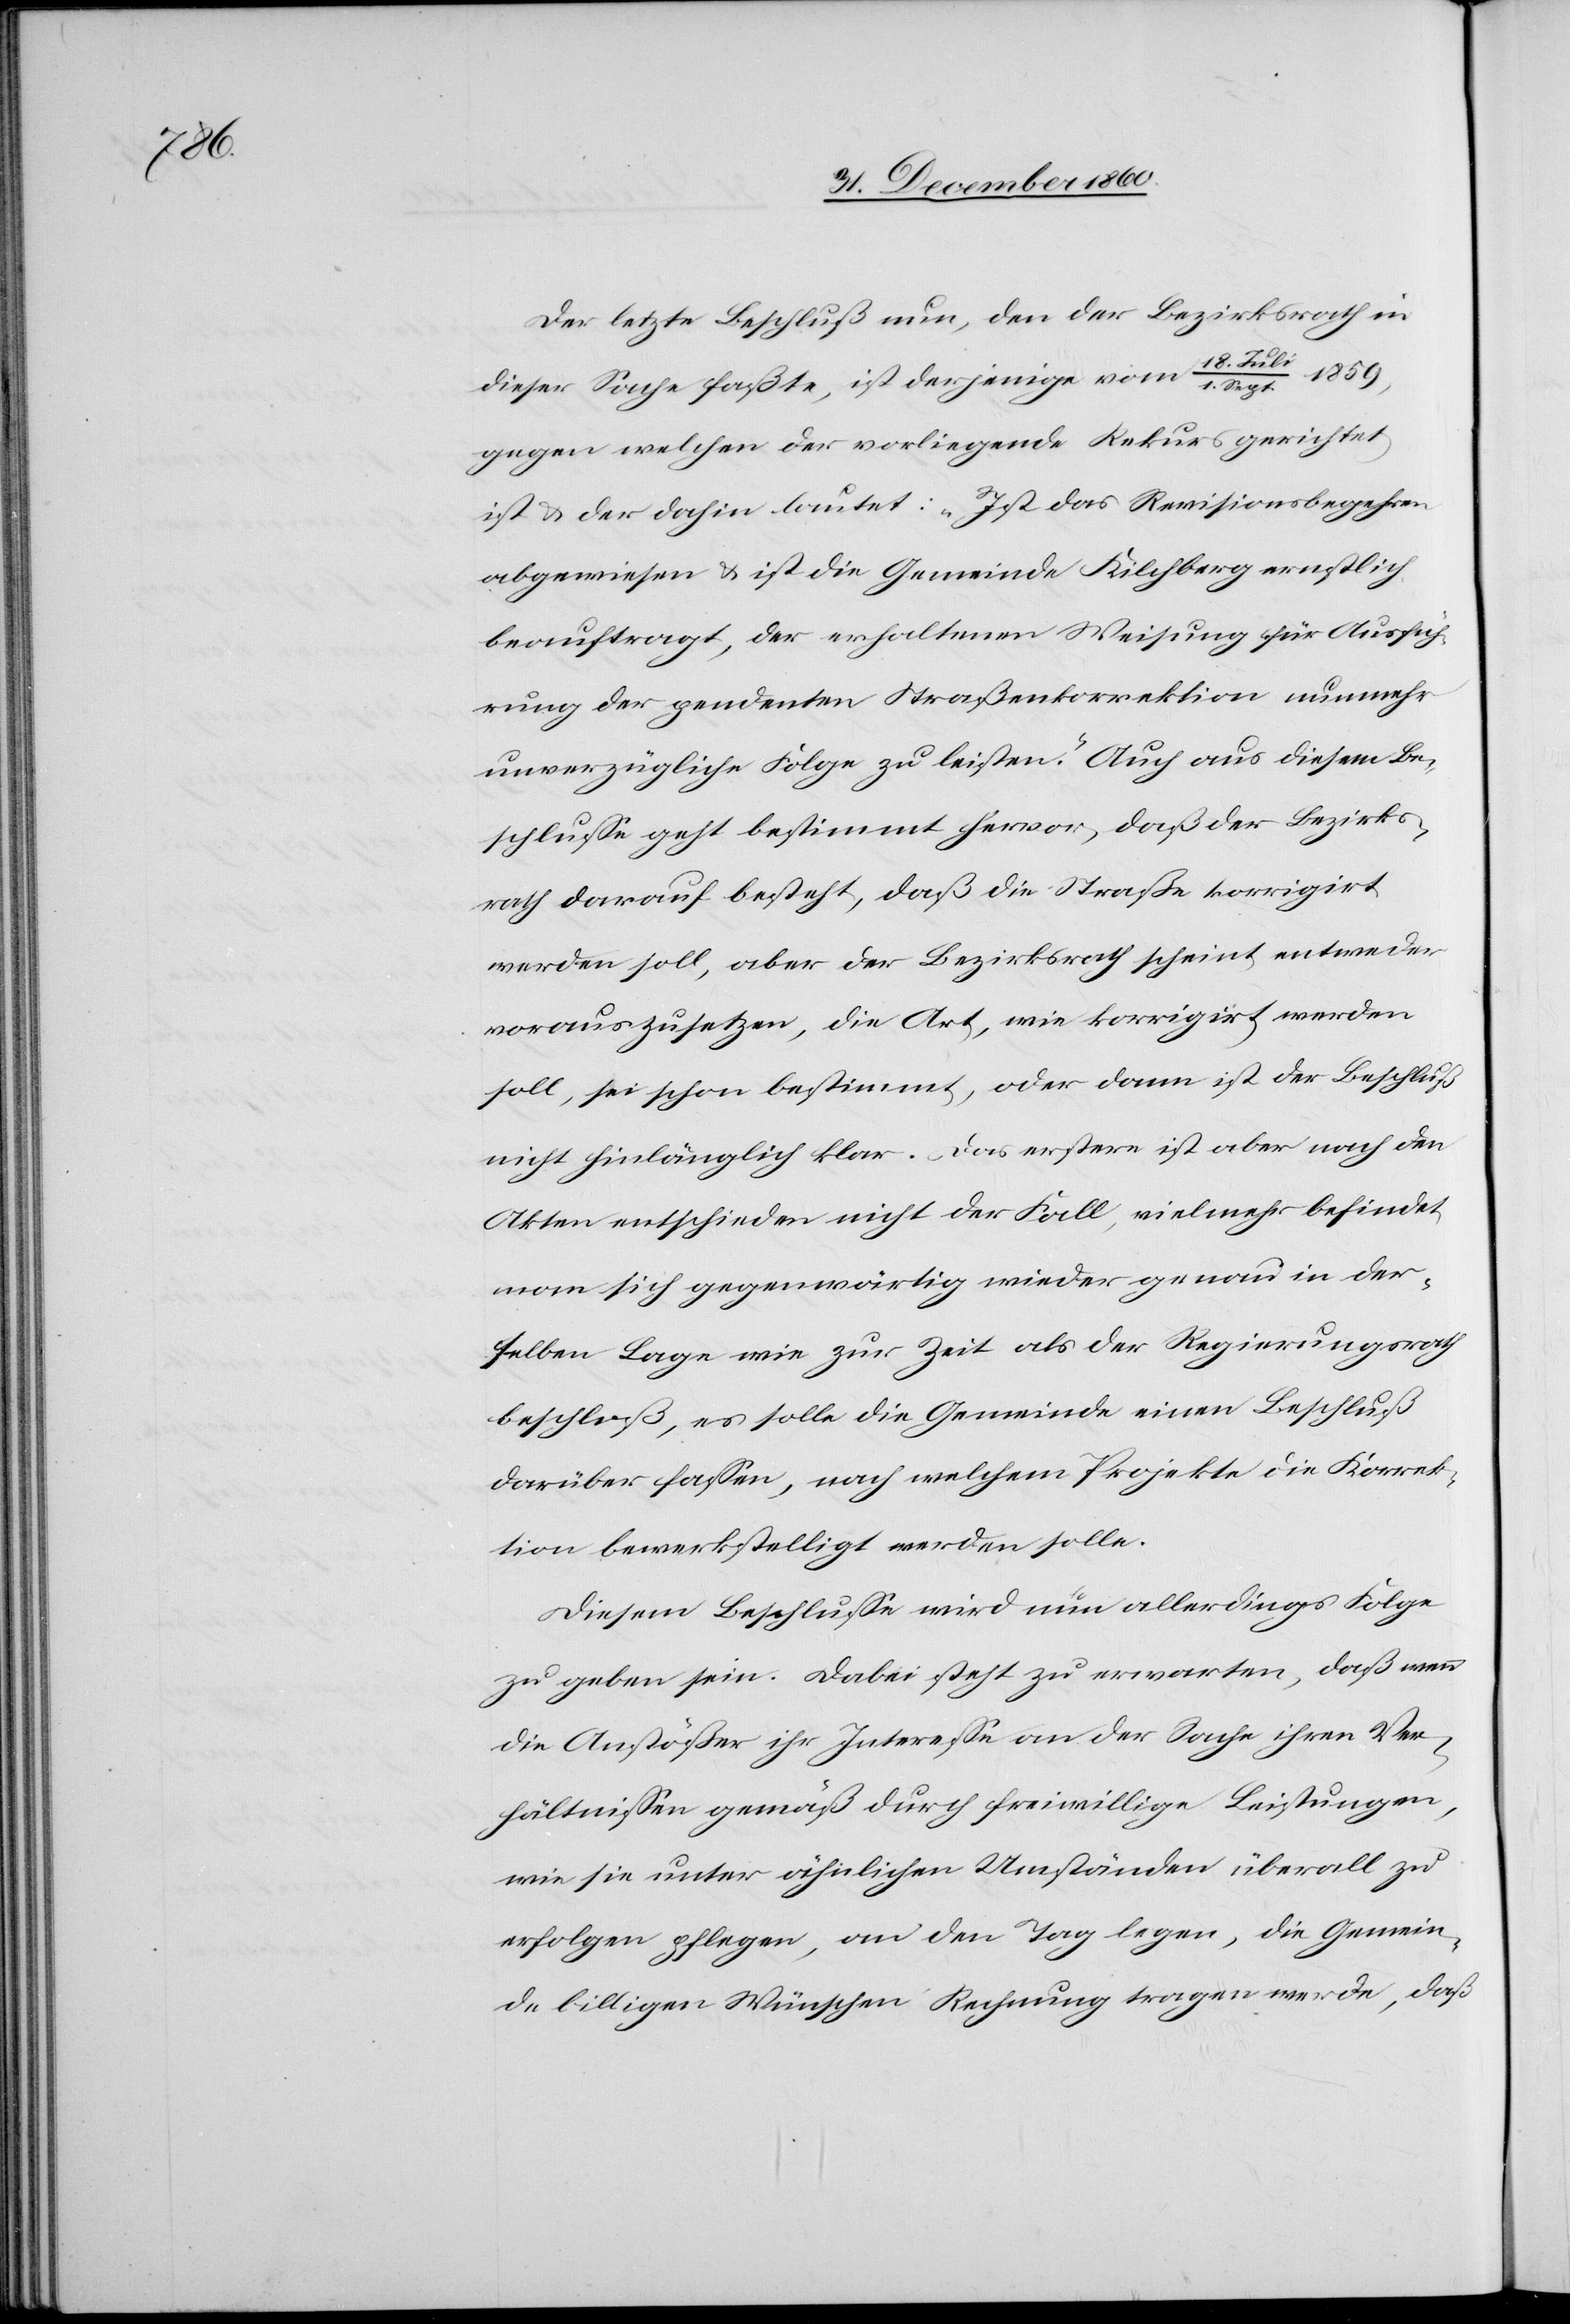
1.

Der letzte Beschluß nun, den der Bezirksrath in
Sept.
dieser Sache faßte, ist derjenige vom 18.
gegen welchen der vorliegende Rekurs gerichtet
ist u. der dahin lautet: „Ist das Revisionsbegehren
abgewiesen u. ist die Gemeinde Kilchberg ernstlich
beauftragt, der erhaltenen Weisung für Ausfüh¬
rung der pendenten Straßenkorrektion nunmehr
unverzügliche Folge zu leisten.“ Auch aus diesem Be¬
schlusse geht bestimmt hervor, daß der Bezirks¬
rath darauf besteht, daß die Straße korrigirt
werden soll, aber der Bezirksrath scheint entweder
vorauszusetzen, die Art, wie korrigirt werden
soll, sei schon bestimmt, oder dann ist der Beschluß
nicht hinlänglich klar. Das erstere ist aber nach den
Akten entschieden nicht der Fall, vielmehr befindet
man sich gegenwärtig wider genau in der¬
selben Lage wie zur Zeit als der Regierungsrath
beschloß, es solle die Gemeinde einen Beschluß
darüber fassen, nach welchem Projekte die Korrek¬
tion bewerkstelligt werden solle.
Diesem Beschlusse wird nun allerdings Folge
zu geben sein. Dabei steht zu erwarten, daß wenn
die Anstößer ihr Interesse an der Sache ihren Ver¬
hältnissen gemäß durch freiwillige Leistungen,
wie sie unter ähnlichen Umständen überall zu
erfolgen pflegen, an den Tag legen, die Gemein¬
de billigen Wünschen Rechnung tragen werde, daß